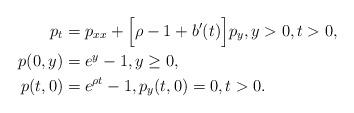
LaTeX: \begin{align*}p_{t}&=p_{xx}+\Big[\rho-1+b'(t)\Big]p_{y}, y>0, t>0,\\p(0,y)&=e^{y}-1, y\geq0,\\p(t,0)&=e^{\rho t}-1, p_{y}(t,0)=0, t>0.\end{align*}